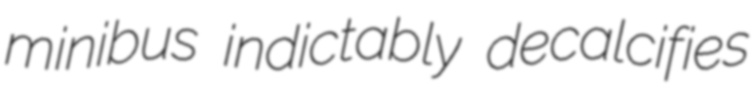
minibus indictably decalcifies